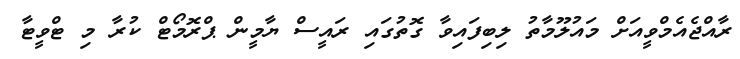
ރާއްޖެއެމްވީއަށް މައުލޫމާތު ލިބިފައިވާ ގޮތުގައި ރައީސް ޔާމީން ޕްރޮމޯޓް ކުރާ މި ޓްވީޓާ